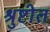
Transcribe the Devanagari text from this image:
श्रुष्टीत